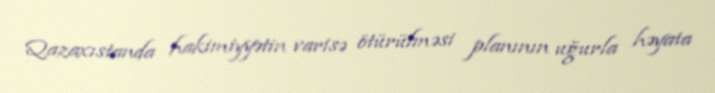
Qazaxıstanda hakimiyyətin varisə ötürülməsi planının uğurla həyata